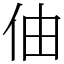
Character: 伷